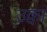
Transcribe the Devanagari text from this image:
उक्वा